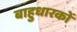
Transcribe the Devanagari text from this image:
बाहुधारकों